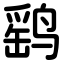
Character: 鹞